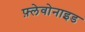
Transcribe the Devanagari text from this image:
फ़्लेवोनाइड